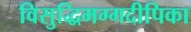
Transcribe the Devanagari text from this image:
विसुद्धिमग्गदीपिका